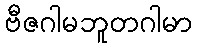
ဗီဇဂါမဘူတဂါမာ